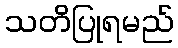
သတိပြုရမည်